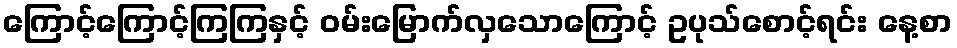
ကြောင့်ကြောင့်ကြကြနှင့် ဝမ်းမြောက်လှသောကြောင့် ဥပုသ်စောင့်ရင်း နေ့စာ